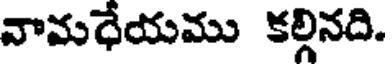
వామధేయము కల్గినది.